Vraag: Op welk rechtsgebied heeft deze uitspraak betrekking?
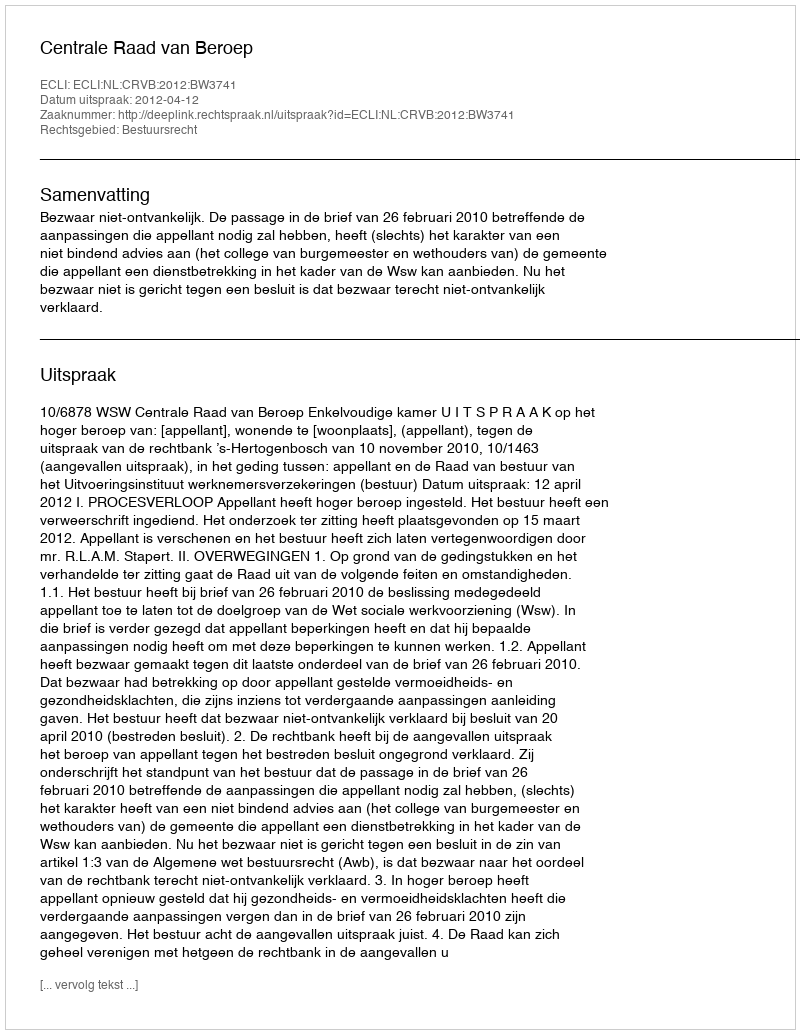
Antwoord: Bestuursrecht